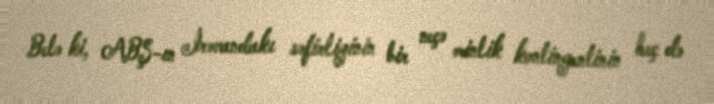
Belə ki, ABŞ-ın İrəvandakı səfirliyinin bir neçə minlik kontingentinin heç də